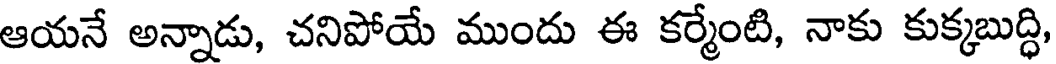
ఆయనే అన్నాడు, చనిపోయే ముందు ఈ కర్మేంటి, నాకు కుక్కబుద్ధి